Calcutta medical institutions reports 1879-81 [i.e.91]
Year: 1879
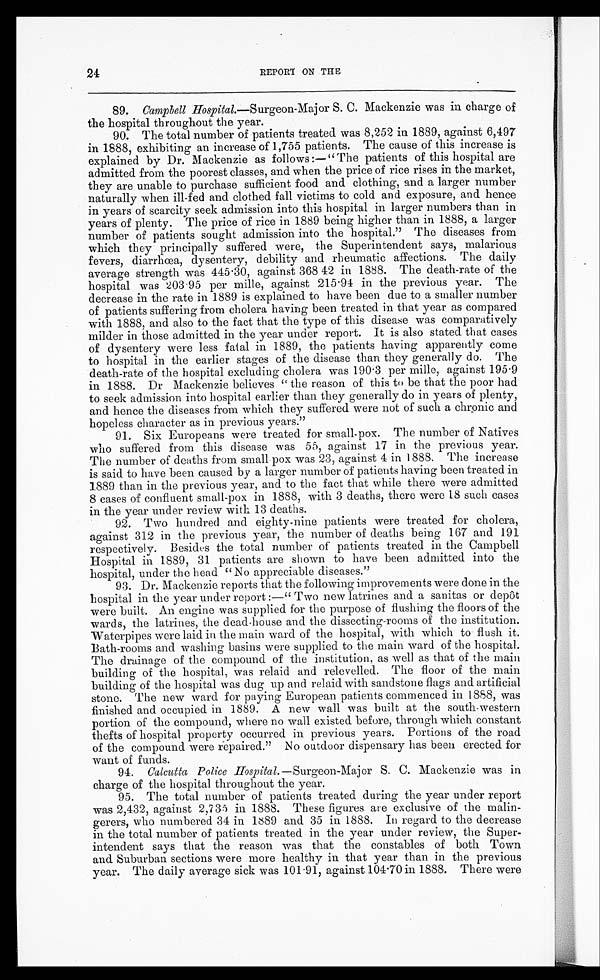
24
REPORT ON THE
89.
Campbell Hospital.—Surgeon-Major S. C. Mackenzie was in charge of
the hospital throughout the year.
90. The total number of patients treated was 8,252 in 1889, against 6,497
in 1888, exhibiting an increase of 1,755 patients. The cause of this increase is
expl ai ned by Dr . Mackenzi e as f ol l ows : —“The pat i ent s of t hi s hos pi t al ar e
admitted from the poorest classes, and when the price of rice rises in the market,
they are unable to purchase sufficient food and clothing, and a larger number
naturally when ill-fed and clothed fall victims to cold and exposure, and hence
in years of scarcity seek admission into this hospital in larger numbers than in
years of plenty. The price of rice in 1889 being higher than in 1888, a larger
number of patients sought admission into the hospital.” The diseases from
which they principally suffered were, the Superintendent says, malarious
fevers, diarrhœa, dysentery, debility and rheumatic affections. The daily
average strength was 445.30, against 368 42 in 1888. The death-rate of the
hospital was 203.95 per mille, against 215.94 in the previous year. The
decrease in the rate in 1889 is explained to have been due to a smaller number
of patients suffering from cholera having been treated in that year as compared
with 1888, and also to the fact that the type of this disease was comparatively
milder in those admitted in the year under report. It is also stated that cases
of dysentery were less fatal in 1889, the patients having apparently come
to hospital in the earlier stages of the disease than they generally do. The
death-rate of the hospital excluding cholera was 190.3 per mille, against 195.9
in 1888. Dr Mackenzie believes “the reason of this to be that the poor had
to seek admission into hospital earlier than they generally do in years of plenty,
and hence the diseases from which they suffered were not of such a chronic and
hopeless character as in previous years.”
91. Six Europeans were treated for small-pox. The number of Natives
who suffered from this disease was 55, against 17 in the previous year.
The number of deaths from small-pox was 23, against 4 in 1888. The increase
is said to have been caused by a larger number of patients having been treated in
1889 than in the previous year, and to the fact that while there were admitted
8 cases of confluent small-pox in 1888, with 3 deaths, there were 18 such cases
in the year under review with 13 deaths.
92. Two hundred and eighty-nine patients were treated for cholera,
against 312 in the previous year, the number of deaths being 167 and 191
r e s p e c t i v e l y . Be s i d e s t h e t o t a l n u mb e r o f p a t i e n t s t r e a t e d i n t h e Ca mp b e l l
Hospital in 1889, 31 patients are shown to have been admitted into the
hospital, under the head “No appreciable diseases.”
93. D r . M a c k e n z i e r e p o r t s t h a t t h e f o l l o w i n g i m p r o v e m e n t s w e r e d o n e i n t h e
hospital in the year under report :—“Two new latrines and a sanitas or depôt
w e r e b u i l t . A n e n g i n e w a s s u p p l i e d f o r t h e p u r p o s e o f f l u s h i n g t h e f l o o r s o f t h e
wards, the latrines, the dead-house and the dissecting-rooms of the institution.
Waterpipes were laid in the main ward of the hospital, with which to flush it.
Bath-rooms and washing basins were supplied to the main ward of the hospital.
The drainage of the compound of the institution, as well as that of the main
building of the hospital, was relaid and relevelled. The floor of the main
building of the hospital was dug up and relaid with sandstone flags and artificial
stone. The new ward for paying European patients commenced in 1888, was
finished and occupied in 1889. A new wall was built at the south-western
portion of the compound, where no wall existed before, through which constant
thefts of hospital property occurred in previous years. Portions of the road
of the compound were repaired.” No outdoor dispensary has been erected for
want of funds.
94.
Calcutta Police H ospital. —Surgeon-Major S. C. Mackenzie was in
charge of the hospital throughout the year.
95. The total number of patients treated during the year under report
was 2,432, against 2,735 in 1888. These figures are exclusive of the malin-
gerers, who numbered 34 in 1889 and 35 in 1888. In regard to the decrease
in the total number of patients treated in the year under review, the Super-
intendent says that the reason was that the constables of both Town
and Suburban sections were more healthy in that year than in the previous
y e a r . T h e d a i l y a v e r a g e s i c k w a s 1 0 1 . 9 1 , a g a i n s t 1 0 4 . 7 0 i n 1 8 8 8 . T h e r e w e r e